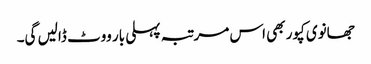
جھانوی کپور بھی اس مرتبہ پہلی بار ووٹ ڈالیں گی۔